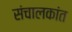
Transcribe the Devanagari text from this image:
संचालकांत